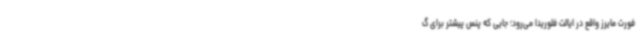
فورت مایرز واقع در ایالت فلوریدا می‌رود؛ جایی که پنس پیشتر برای گ